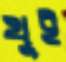
থুই